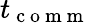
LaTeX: t_{\mathrm{~c~o~m~m~}}